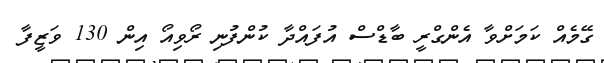
ގޭމެއް ކަމަށްވާ އެންގްރީ ބާޑްސް އުފައްދާ ކުންފުނި ރޯވިއޯ އިން 130 ވަޒީފާ